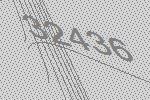
32436